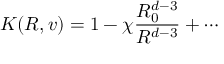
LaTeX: K ( R , v ) = 1 - \chi \frac { R _ { 0 } ^ { d - 3 } } { R ^ { d - 3 } } + \cdots